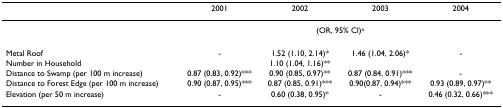
<table><thead><tr><td></td><td><b>2001</b></td><td><b>2002</b></td><td><b>2003</b></td><td><b>2004</b></td></tr></thead><tbody><tr><td></td><td colspan="4">(OR, 95% CI)<sup>a</sup></td></tr><tr><td>Metal Roof</td><td>-</td><td>1.52 (1.10, 2.14)*</td><td>1.46 (1.04, 2.06)*</td><td>-</td></tr><tr><td>Number in Household</td><td></td><td>1.10 (1.04, 1.16)**</td><td></td><td></td></tr><tr><td>Distance to Swamp (per 100 m increase)</td><td>0.87 (0.83, 0.92)***</td><td>0.90 (0.85, 0.97)**</td><td>0.87 (0.84, 0.91)***</td><td>-</td></tr><tr><td>Distance to Forest Edge (per 100 m increase)</td><td>0.90 (0.87, 0.95)***</td><td>0.87 (0.85, 0.91)***</td><td>0.90(0.87, 0.94)***</td><td>0.93 (0.89, 0.97)**</td></tr><tr><td>Elevation (per 50 m increase)</td><td>-</td><td>0.60 (0.38, 0.95)*</td><td>-</td><td>0.46 (0.32, 0.66)***</td></tr></tbody></table>